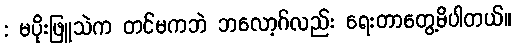
: မပိုးဖြူသဲက တင်မကဘဲ ဘလော့ဂ်လည်း ရေးတာတွေ့မိပါတယ်။